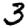
Digit: 3